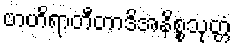
ဗာဟိရာတီတာဒိအနိစ္စသုတ္တံ